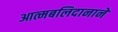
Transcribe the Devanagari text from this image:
आत्मबलिदानाने